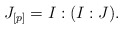
\begin{align*} J_{[p]} = I : (I : J). \end{align*}